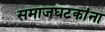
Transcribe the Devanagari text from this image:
समाजघटकांना